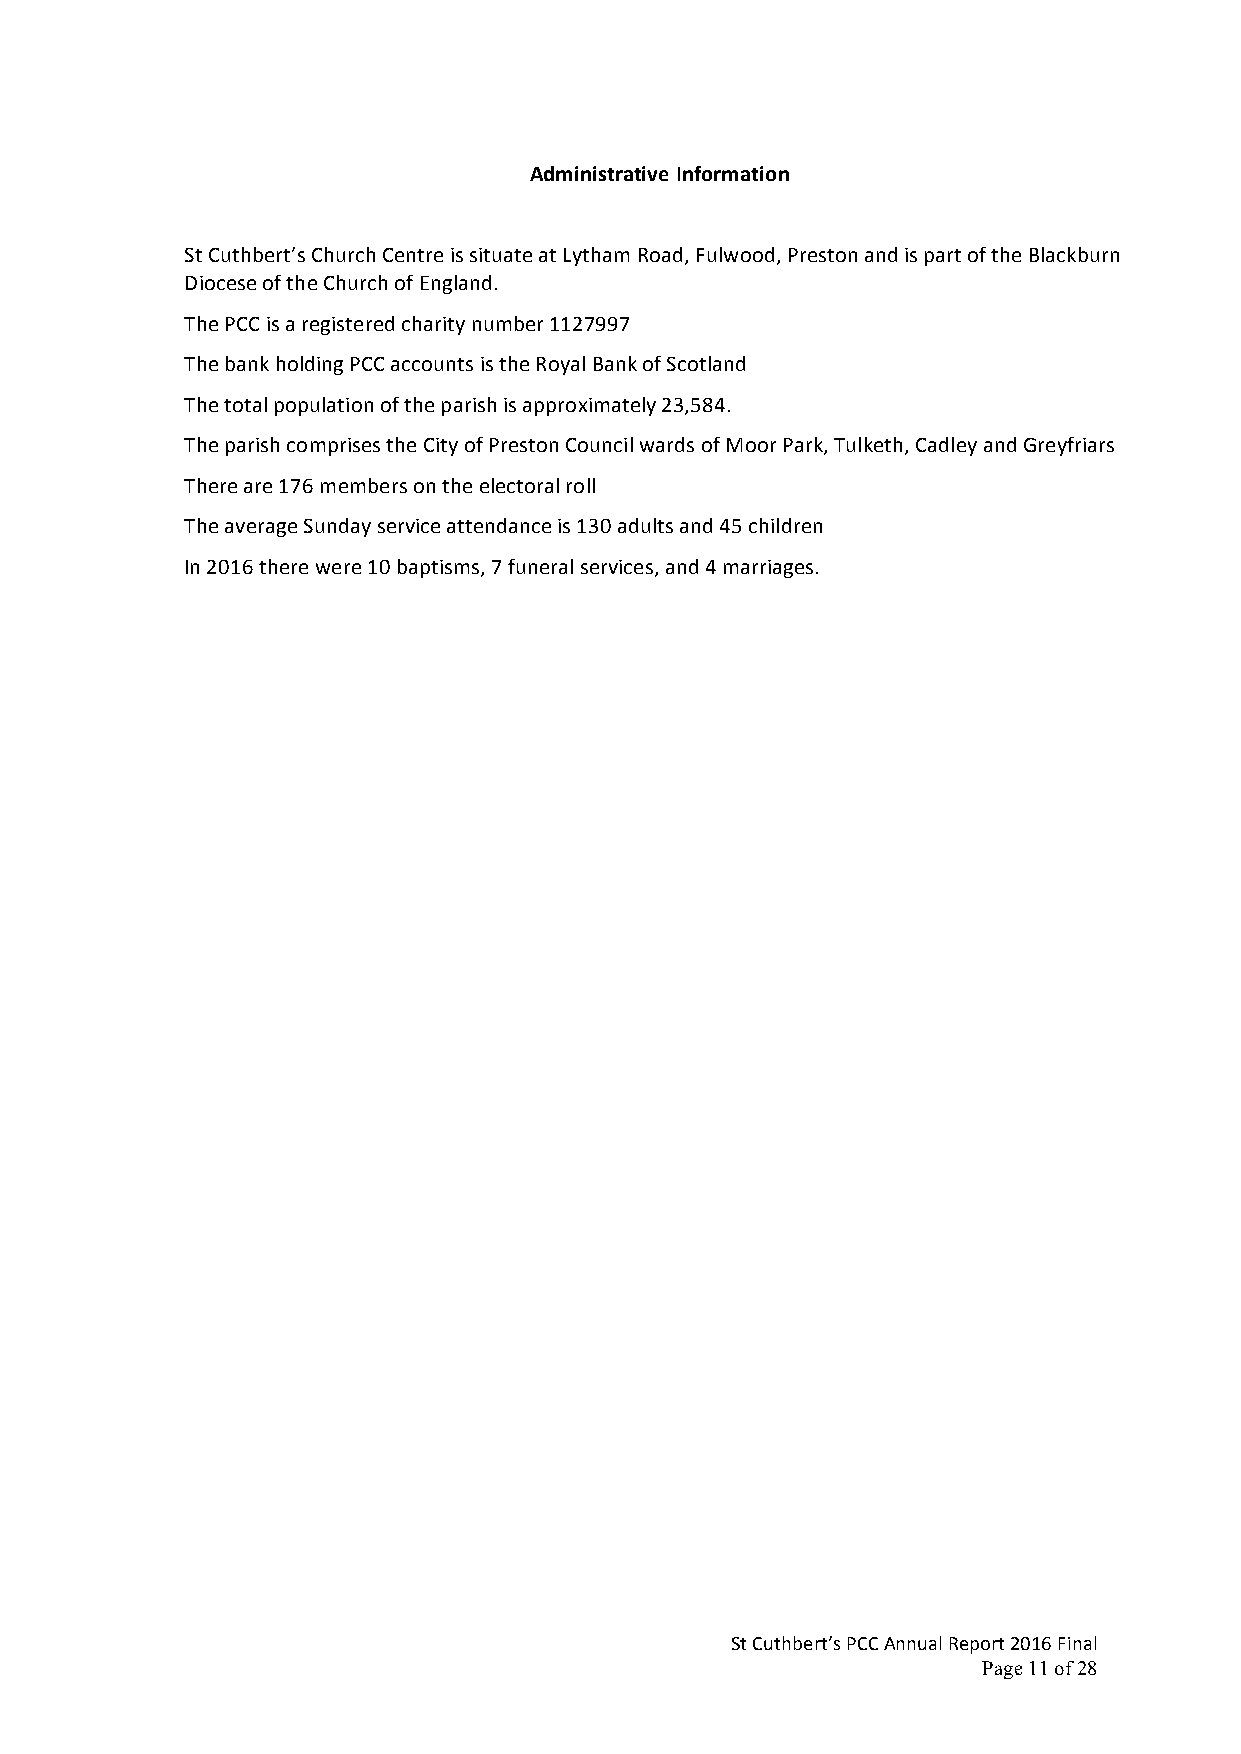
Administrative Information
 St Cuthbert’s Church Centre is situate at Lytham Road, Fulwood, Preston and is part of the Blackburn
 Diocese of the Church of England.
 The PCC is a registered charity number 1127997
 The bank holding PCC accounts is the Royal Bank of Scotland
 The total population of the parish is approximately 23,584.
 The parish comprises the City of Preston Council wards of Moor Park, Tulketh, Cadley and Greyfriars
 There are 176 members on the electoral roll
 The average Sunday service attendance is 130 adults and 45 children
 In 2016 there were 10 baptisms, 7 funeral services, and 4 marriages.
 St Cuthbert’s PCC Annual Report 2016 Final
 Page 11 of 28